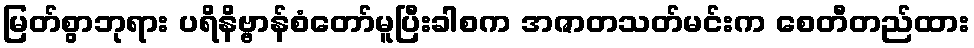
မြတ်စွာဘုရား ပရိနိဗ္ဗာန်စံတော်မူပြီးခါစက အဇာတသတ်မင်းက စေတီတည်ထား